Scottish Certificate of Education, 1963
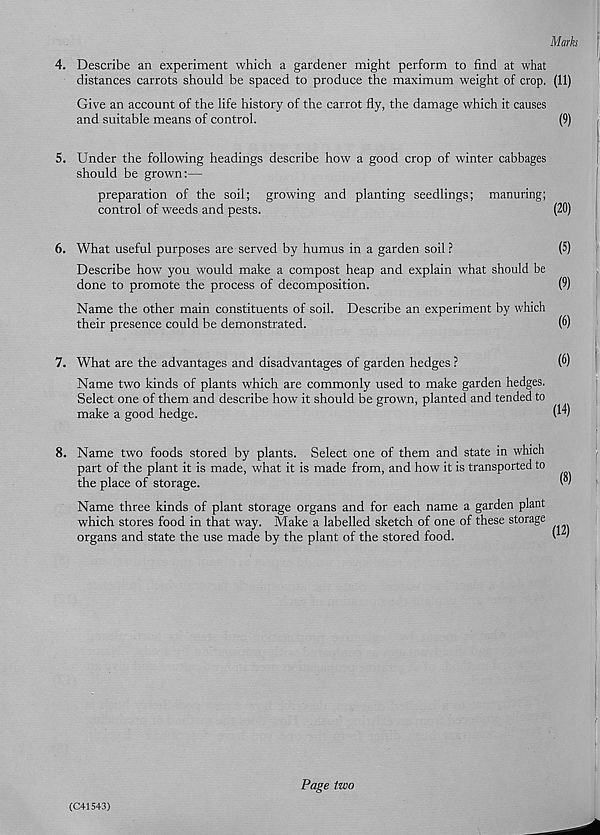
Marks
4. Describe an experiment which a gardener might perform to find at what
distances carrots should be spaced to produce the maximum weight of crop. (11)
Give an account of the life history of the carrot fly, the damage which it causes
and suitable means of control.
(9)
5. Under the following headings describe how a good crop of winter cabbages
should be grown:—
preparation of the soil; growing and planting seedlings; manuring;
control of weeds and pests.
(20)
6. What useful purposes are served by humus in a garden soil ?
(5)
Describe how you would make a compost heap and explain what should be
done to promote the process of decomposition.
(0)
Name the other main constituents of soil. Describe an experiment by which
their presence could be demonstrated.
(6)
7. What are the advantages and disadvantages of garden hedges ?
(6)
Name two kinds of plants which are commonly used to make garden hedges.
Select one of them and describe how it should be grown, planted and tended to
make a good hedge.
U v
8. Name two foods stored by plants. Select one of them and state in which
part of the plant it is made, what it is made from, and how it is transported to
the place of storage.
Name three kinds of plant storage organs and for each name a garden plant
which stores food in that way. Make a labelled sketch of one of these storage
organs and state the use made by the plant of the stored food.
(C41543)
Page two